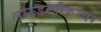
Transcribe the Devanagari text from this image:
लाऊडस्पीकरवर